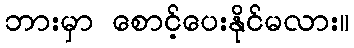
ဘားမှာ စောင့်ပေးနိုင်မလား။